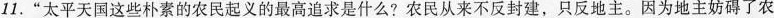
11.”太平天国这些朴素的农民起义的最高追求是什么?农民从来不反封建，只反地主。因为地主妨碍了农